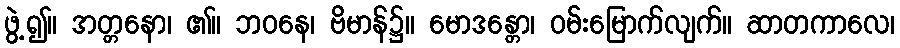
ဖွဲ့၍။ အတ္တနော၊ ၏။ ဘဝနေ၊ ဗိမာန်၌။ မောဒန္တော၊ ဝမ်းမြောက်လျက်။ ဆာတကာလေ၊